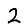
Digit: 2